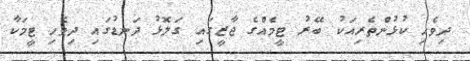
ދިވެހި ކުޅުންތެރިއަކު ބޭރު ޓީމެއްގެ ޖާޒީގައި ގަލޮޅު ދަނޑުގައި ދިވެހި ޓީމަކާ